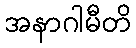
အနာဂါမီတိ